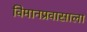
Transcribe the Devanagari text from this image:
विमानप्रवासाला